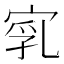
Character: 𡨻